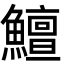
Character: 鱣